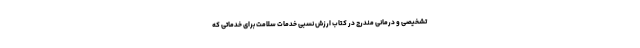
تشخیصی و درمانی مندرج در کتاب ارزش نسبی خدمات سلامت برای خدماتی که